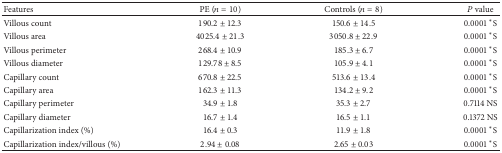
| Features | PE (n = 10) | Controls (n = 8) | P value |
 | --- | --- | --- | --- |
 | Villous count | 190.2 ± 12.3 | 150.6 ± 14.5 | 0.0001 *S |
 | Villous area | 4025.4 ± 21.3 | 3050.8 ± 22.9 | 0.0001 *S |
 | Villous perimeter | 268.4 ± 10.9 | 185.3 ± 6.7 | 0.0001 *S |
 | Villous diameter | 129.78 ± 8.5 | 105.9 ± 4.1 | 0.0001 *S |
 | Capillary count | 670.8 ± 22.5 | 513.6 ± 13.4 | 0.0001 *S |
 | Capillary area | 162.3 ± 11.3 | 134.2 ± 9.2 | 0.0001 *S |
 | Capillary perimeter | 34.9 ± 1.8 | 35.3 ± 2.7 | 0.7114 NS |
 | Capillary diameter | 16.7 ± 1.4 | 16.5 ± 1.1 | 0.1372 NS |
 | Capillarization index (%) | 16.4 ± 0.3 | 11.9 ± 1.8 | 0.0001 *S |
 | Capillarization index/villous (%) | 2.94 ± 0.08 | 2.65 ± 0.03 | 0.0001 *S |